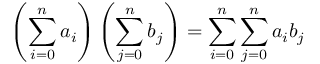
\left( \sum _ { i = 0 } ^ { n } a _ { i } \right) \left( \sum _ { j = 0 } ^ { n } b _ { j } \right) = \sum _ { i = 0 } ^ { n } \sum _ { j = 0 } ^ { n } a _ { i } b _ { j } \quad